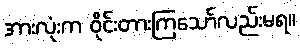
အားလုံးက ဝိုင်းတားကြသော်လည်းမရ။